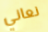
نعاني